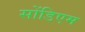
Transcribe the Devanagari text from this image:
सोंडिएम